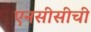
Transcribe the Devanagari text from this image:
एनसीसीची